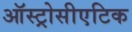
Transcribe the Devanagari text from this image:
ऑस्ट्रोसीएटिक